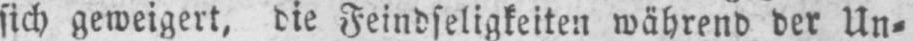
sich geweigert, die Feindseligkeiten während der Un⸗